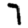
Digit: 7